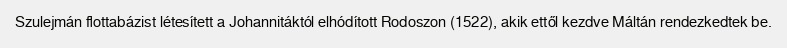
Szulejmán flottabázist létesített a Johannitáktól elhódított Rodoszon (1522), akik ettől kezdve Máltán rendezkedtek be.